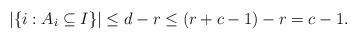
LaTeX: \begin{align*}|\{i : A_i \subseteq I\}| \leq d-r \leq (r+c-1) - r = c-1.\end{align*}